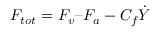
F _ { t o t } = F _ { v } – F _ { a } - C _ { f } \dot { Y }